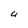
Character: U